Insane asylums Bombay 1873-77 - 1873-1877
Year: 1873
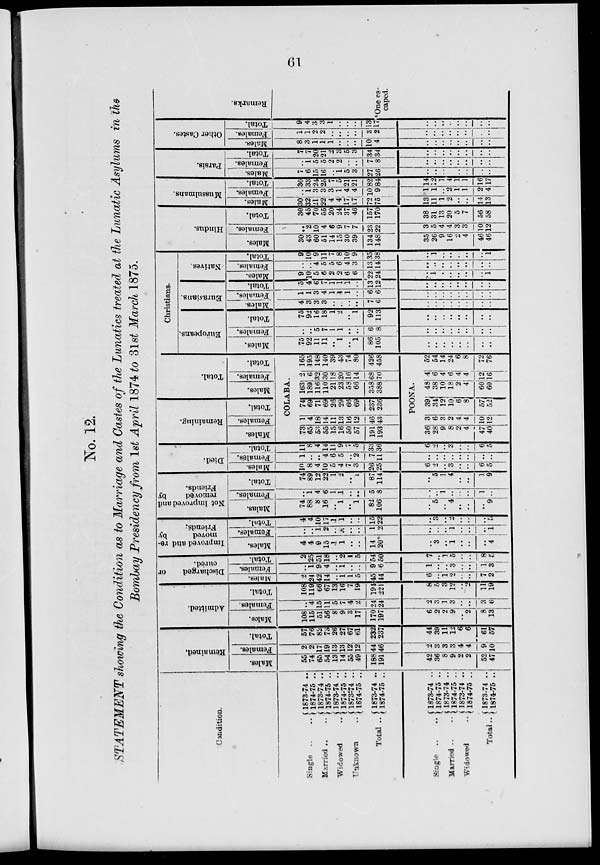
61
No. 12.
STATEMENT showing the Condition as to Marriage and Castes of the Lunatics treated at the Lunatic Asylums in the
Bombay Presidency from 1st April 1874 to 3lst March 1875.
Condition.
Single .. ..
Married .. ..
Widowed ..
Unknown ..
Total ..
Single ..
..
Married ..
..
Widowed
..
Total ..
1873-74 ..
1874-75 ..
1873-74 ..
1874-75 ..
1873-74 ..
1874-75 ..
1873-74 ..
1874-75 ..
1873-74 ..
1874-75 ..
1873-74 ..
1874-75 ..
1873-74 ..
1874-75 ..
1873-74 ..
1874-75 ..
1873-74 ..
1874-75 ..
Remained.
Males.
55
74
65
54
13
14
55
49
188
191
42
36
8
9
2
2
52
47
Females.
2
2
17
19
13
13
12
12
44
46
2
3
3
3
4
4
9
10
Total.
57
76
82
73
26
27
67
61
232
237
44
39
11
12
6
6
61
57
Admitted.
Males.
108
115
51
56
8
9
3
17
170
197
6
2
2
9
..
2
8
13
Females.
..
4
15
11
5
7
4
2
24
24
2
3
1
3
..
..
3
6
Total.
108
119
66
67
13
16
7
19
194
221
8
5
3
12
..
2
11
19
Discharged
or
cured.
Males.
2
24
42
14
..
1
1
5
45
44
6
..
1
2
..
..
7
2
Females.
..
1
9
4
..
1
..
..
9
6
1
..
..
3
..
..
1
3
Total.
2
25
51
18
..
2
1
5
54
50
7
..
1
5
..
..
8
5
Improved and re-
moved
by
Friends.
Males.
4
4
9
15
1
1
..
..
14
20*
..
3
..
1
..
..
..
4
Females.
..
..
1
2
..
..
..
..
1
2
..
..
..
1
..
..
..
1
Total.
4
4
10
17
1
1
..
..
15
22
..
3
..
2
..
..
..
5
Not improved and
removed
by
Friends.
Malas.
74
88
8
16
..
1
..
1
82
106
..
5
..
4
..
..
..
9
Females.
..
1
4
6
1
1
..
..
5
8
..
..
1
..
..
..
1
..
Total.
74
89
12
22
1
2
..
1
87
114
..
5
1
4
..
..
1
9
Died.
Males.
10
8
4
10
5
4
7
3
26
25
6
2
..
3
..
..
6
5
Females.
1
..
..
4
6
5
..
2
7
11
..
..
..
..
..
..
..
..
Total.
11
8
4
14
11
9
7
5
33
36
6
2
..
3
..
..
6
5
Remaining.
Males.
Females.
Total.
Total.
Males.
Females.
Total.
COLABA.
73
65
53
55
15
16
50
57
191
193
1
4
18
14
11
13
16
12
46
43
74
69
71
69
26
29
66
69
237
236
163
189
116
110
21
23
58
66
358
388
2
6
32
30
18
20
16
14
68
70
165
195
148
140
39
43
74
80
426
458
POONA.
36
28
9
8
2
4
47
40
3
6
3
2
4
4
10
12
39
34
12
10
6
8
57
52
48
38
10
18
2
4
60
60
4
6
4
6
4
4
12
16
52
54
14
24
6
8
72
76
Christians.
Europeans.
Males.
75
92
11
11
..
1
..
1
86
105
..
..
..
..
..
..
..
..
Females.
..
..
5
7
1
1
..
..
6
8
..
..
..
..
..
..
..
..
Total.
75
92
16
18
1
2
..
1
92
113
..
..
..
..
..
..
..
..
Eurasians.
Males.
4
3
3
3
..
..
..
..
7
6
..
..
..
..
..
..
..
..
Females.
1
1
3
4
1
1
1
..
6
6
..
..
..
..
..
..
..
..
Total.
5
4
6
7
1
1
1
..
13
12
..
..
..
..
..
..
..
..
Natives.
Males.
9
10
5
6
2
2
6
6
22
24
..
1
..
..
..
..
..
1
Females.
..
..
4
5
5
6
4
3
13
14
..
..
..
..
..
..
..
..
Total.
9
10
9
11
7
8
10
9
35
38
..
1
..
..
..
..
..
1
Hindus.
Males.
30
43
60
51
14
15
30
39
134
148
35
26
9
16
2
4
46
46
Females.
..
2
10
4
6
9
7
7
23
22
3
5
4
4
3
3
10
12
Total.
30
45
70
55
20
24
37
46
157
170
38
31
13
20
5
7
56
58
Mussulmans.
Males.
30
32
21
22
4
4
17
17
72
75
13
11
1
2
..
..
14
13
Females.
..
1
3
3
3
1
4
4
10
9
1
1
..
2
1
1
2
4
Total.
30
33
24
25
7
5
21
21
82
84
14
12
1
4
1
1
16
17
Parsis.
Males.
7
6
15
16
..
1
5
3
27
26
..
..
..
..
..
..
..
..
Females.
..
1
5
5
2
2
..
..
7
8
..
..
..
..
..
..
..
..
Total.
7
7
20
21
2
3
5
3
34
34
..
..
..
..
..
..
..
..
Other Castes.
Males.
8
3
1
1
1
..
..
..
10
4
..
..
..
..
..
..
..
..
Females.
1
1
2
2
..
..
..
..
3
2
..
..
..
..
..
..
..
..
Total.
9
4
3
3
1
..
..
..
13
17
..
..
..
..
..
..
..
..
Remarks.
*One es-
caped.